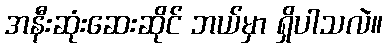
အနီးဆုံးဆေးဆိုင် ဘယ်မှာ ရှိပါသလဲ။